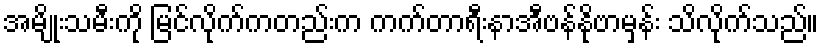
အမျိုးသမီးကို မြင်လိုက်ကတည်းက ကက်တာရီးနာအီဗန်နိုဗာမှန်း သိလိုက်သည်။